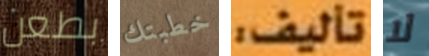
بطعن خطبتك تأليف لا